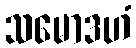
သမောဒဟံ